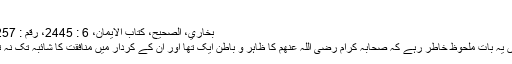
‘‘
بخاري، الصحيح، کتاب الايمان، 6 : 2445، رقم : 6257
یہاں یہ بات ملحوظ خاطر رہے کہ صحابہ کرام رضی اللہ عنھم کا ظاہر و باطن ایک تھا اور ان کے کردار میں منافقت کا شائبہ تک نہ تھا۔